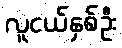
လူငယ်နှစ်ဦး